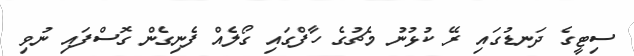
ސިޓީގެ ދަނޑުގައި ރޭ ކުޅުނު މެޗުގެ ހާފްގައި ގޯލެއް ފެނިގެން ގޮސްފައި ނުވި